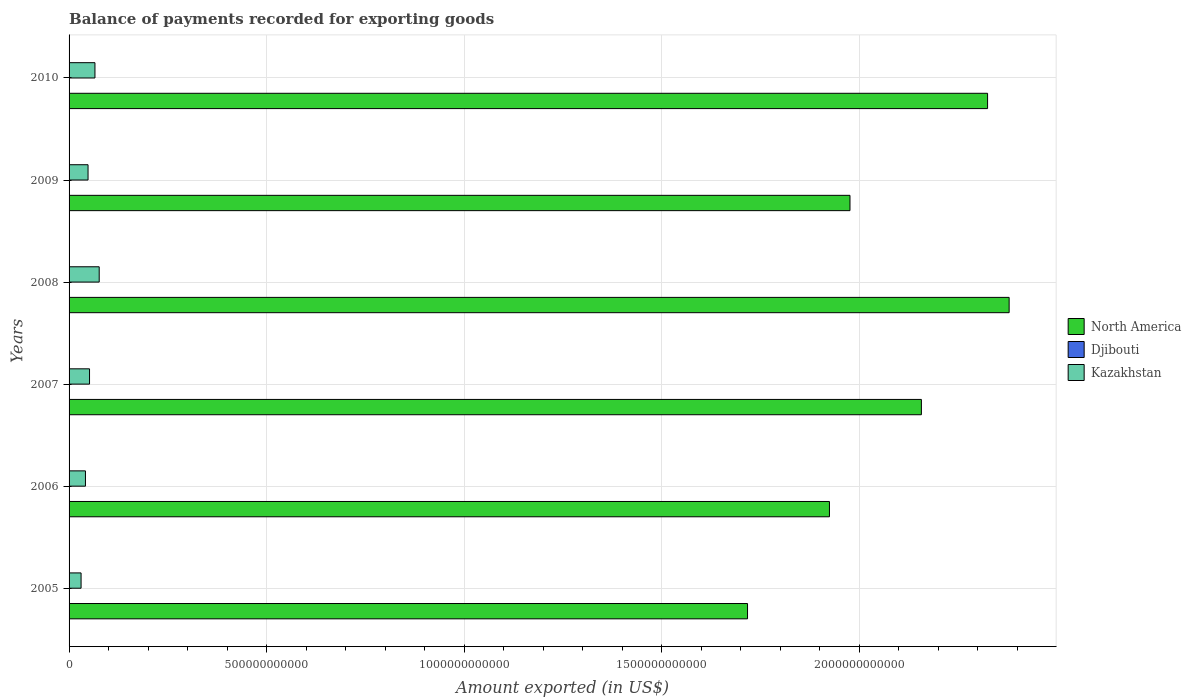
| Years | North America | Djibouti | Kazakhstan |
 | --- | --- | --- | --- |
 | 2005 | 1.72e+12 | 2.88e+08 | 3.04e+10 |
 | 2006 | 1.92e+12 | 3.07e+08 | 4.14e+10 |
 | 2007 | 2.16e+12 | 2.94e+08 | 5.18e+10 |
 | 2008 | 2.38e+12 | 3.53e+08 | 7.63e+10 |
 | 2009 | 1.98e+12 | 3.86e+08 | 4.8e+10 |
 | 2010 | 2.32e+12 | 4.06e+08 | 6.55e+10 |